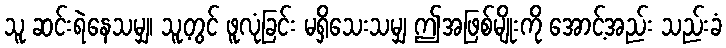
သူ ဆင်းရဲနေသမျှ၊ သူ့တွင် ဖူလုံခြင်း မရှိသေးသမျှ ဤအဖြစ်မျိုးကို အောင့်အည်း သည်းခံ